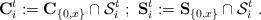
LaTeX: \begin{align*}\mathbf{C}_{i}^{t}:=\mathbf{C}_{\{0,x\}}\cap\mathcal{S}_{i}^{t}\ ;\ \mathbf{S}_{i}^{t}:=\mathbf{S}_{\{0,x\}}\cap\mathcal{S}_{i}^{t}\ .\end{align*}